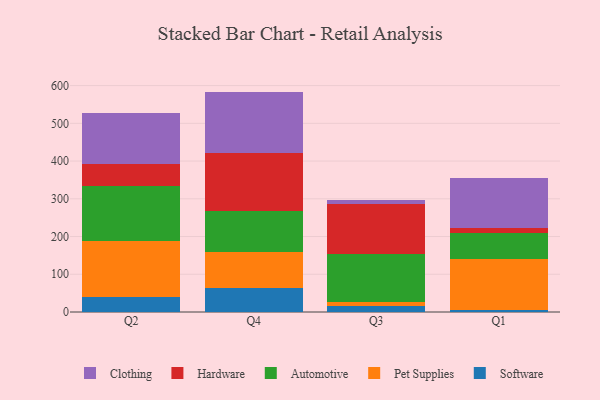
{"axis": {"x": "Quarter", "y": "Conversion Rate (%)"}, "legend": ["Automotive", "Clothing", "Hardware", "Pet Supplies", "Software"], "data": [{"x": "Q2", "y": 40.9, "type": "Software"}, {"x": "Q2", "y": 147.1, "type": "Pet Supplies"}, {"x": "Q2", "y": 147.2, "type": "Automotive"}, {"x": "Q2", "y": 56.8, "type": "Hardware"}, {"x": "Q2", "y": 134.6, "type": "Clothing"}, {"x": "Q4", "y": 63.6, "type": "Software"}, {"x": "Q4", "y": 95.5, "type": "Pet Supplies"}, {"x": "Q4", "y": 109.5, "type": "Automotive"}, {"x": "Q4", "y": 152.9, "type": "Hardware"}, {"x": "Q4", "y": 162.6, "type": "Clothing"}, {"x": "Q3", "y": 17.2, "type": "Software"}, {"x": "Q3", "y": 9.9, "type": "Pet Supplies"}, {"x": "Q3", "y": 125.7, "type": "Automotive"}, {"x": "Q3", "y": 134.3, "type": "Hardware"}, {"x": "Q3", "y": 10.7, "type": "Clothing"}, {"x": "Q1", "y": 5.5, "type": "Software"}, {"x": "Q1", "y": 135.8, "type": "Pet Supplies"}, {"x": "Q1", "y": 66.9, "type": "Automotive"}, {"x": "Q1", "y": 15.2, "type": "Hardware"}, {"x": "Q1", "y": 130.6, "type": "Clothing"}]}